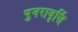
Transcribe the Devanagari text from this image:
पुनरावृर्त्ति